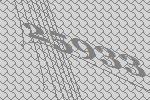
25933